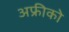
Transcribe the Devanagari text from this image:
अफ्रीको